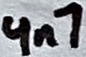
Text: 4n7